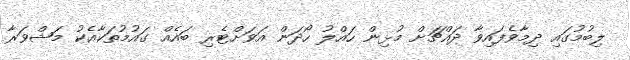
ލިބުމުގައި ދިމާވެފައިވާ ދައްޗަށް މުޅިން ހައްލު ހޯދަން އަވަށްޓެރި ބައެއް ގައުމުތަކާއެކު މަޝްވަރާ